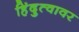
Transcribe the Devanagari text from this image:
हिंदुत्वावर